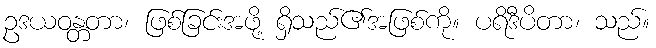
ဥဒယဝန္တတာ၊ ဖြစ်ခြင်းအဖို့ ရှိသည်၏အဖြစ်ကို။ ပရိဒီပိတာ၊ သည်။